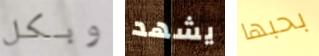
وبكل يشهد بحبها